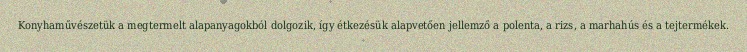
Konyhaművészetük a megtermelt alapanyagokból dolgozik, így étkezésük alapvetően jellemző a polenta, a rizs, a marhahús és a tejtermékek.